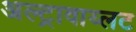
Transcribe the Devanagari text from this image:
अल्ट्रावाय्लट